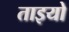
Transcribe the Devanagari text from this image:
ताइयो